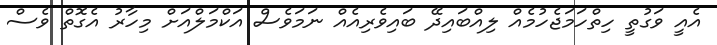
އެއީ ވަގުތީ ހިތްހަމަޖެހުމެއް ލިއްބައިދޭ ބައިވެރިއެއް ނަމަވެސް އަކްމަލްއަށް މިހާރު އެގޮތް ވެސް